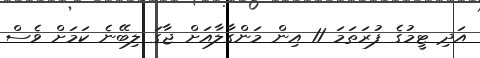
އަދި ޓީމުގެ ފުރަތަމަ 11 އިން މަންގާލާއަށް ޖާގަ ލިބޭނެ ކަމަށް ވެސް